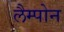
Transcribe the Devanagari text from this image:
लैम्पोन